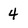
Character: 4